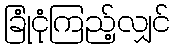
ခြုံငုံကြည့်လျှင်